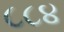
૮૮૪